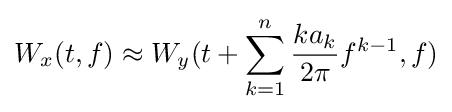
W_{x}(t,f)\approx W_{y}(t+\sum \limits _{k=1}^{n}{\frac {ka_{k}}{2\pi }}f^{k-1},f)